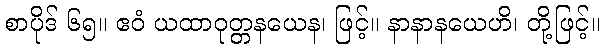
စာပိုဒ် ၆၅။ ဧဝံ ယထာဝုတ္တနယေန၊ ဖြင့်။ နာနာနယေဟိ၊ တို့ဖြင့်။